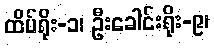
ထိပ်ရိုး-၁၊ ဦးခေါင်းရိုး-၉၊